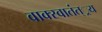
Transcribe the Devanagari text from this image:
वाक्स्वातंत््रय